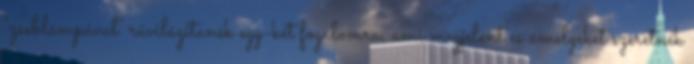
"zseblámpával" rávilágítanék egy-két fogalomra, ami megjelent és amelyeket szeretnék